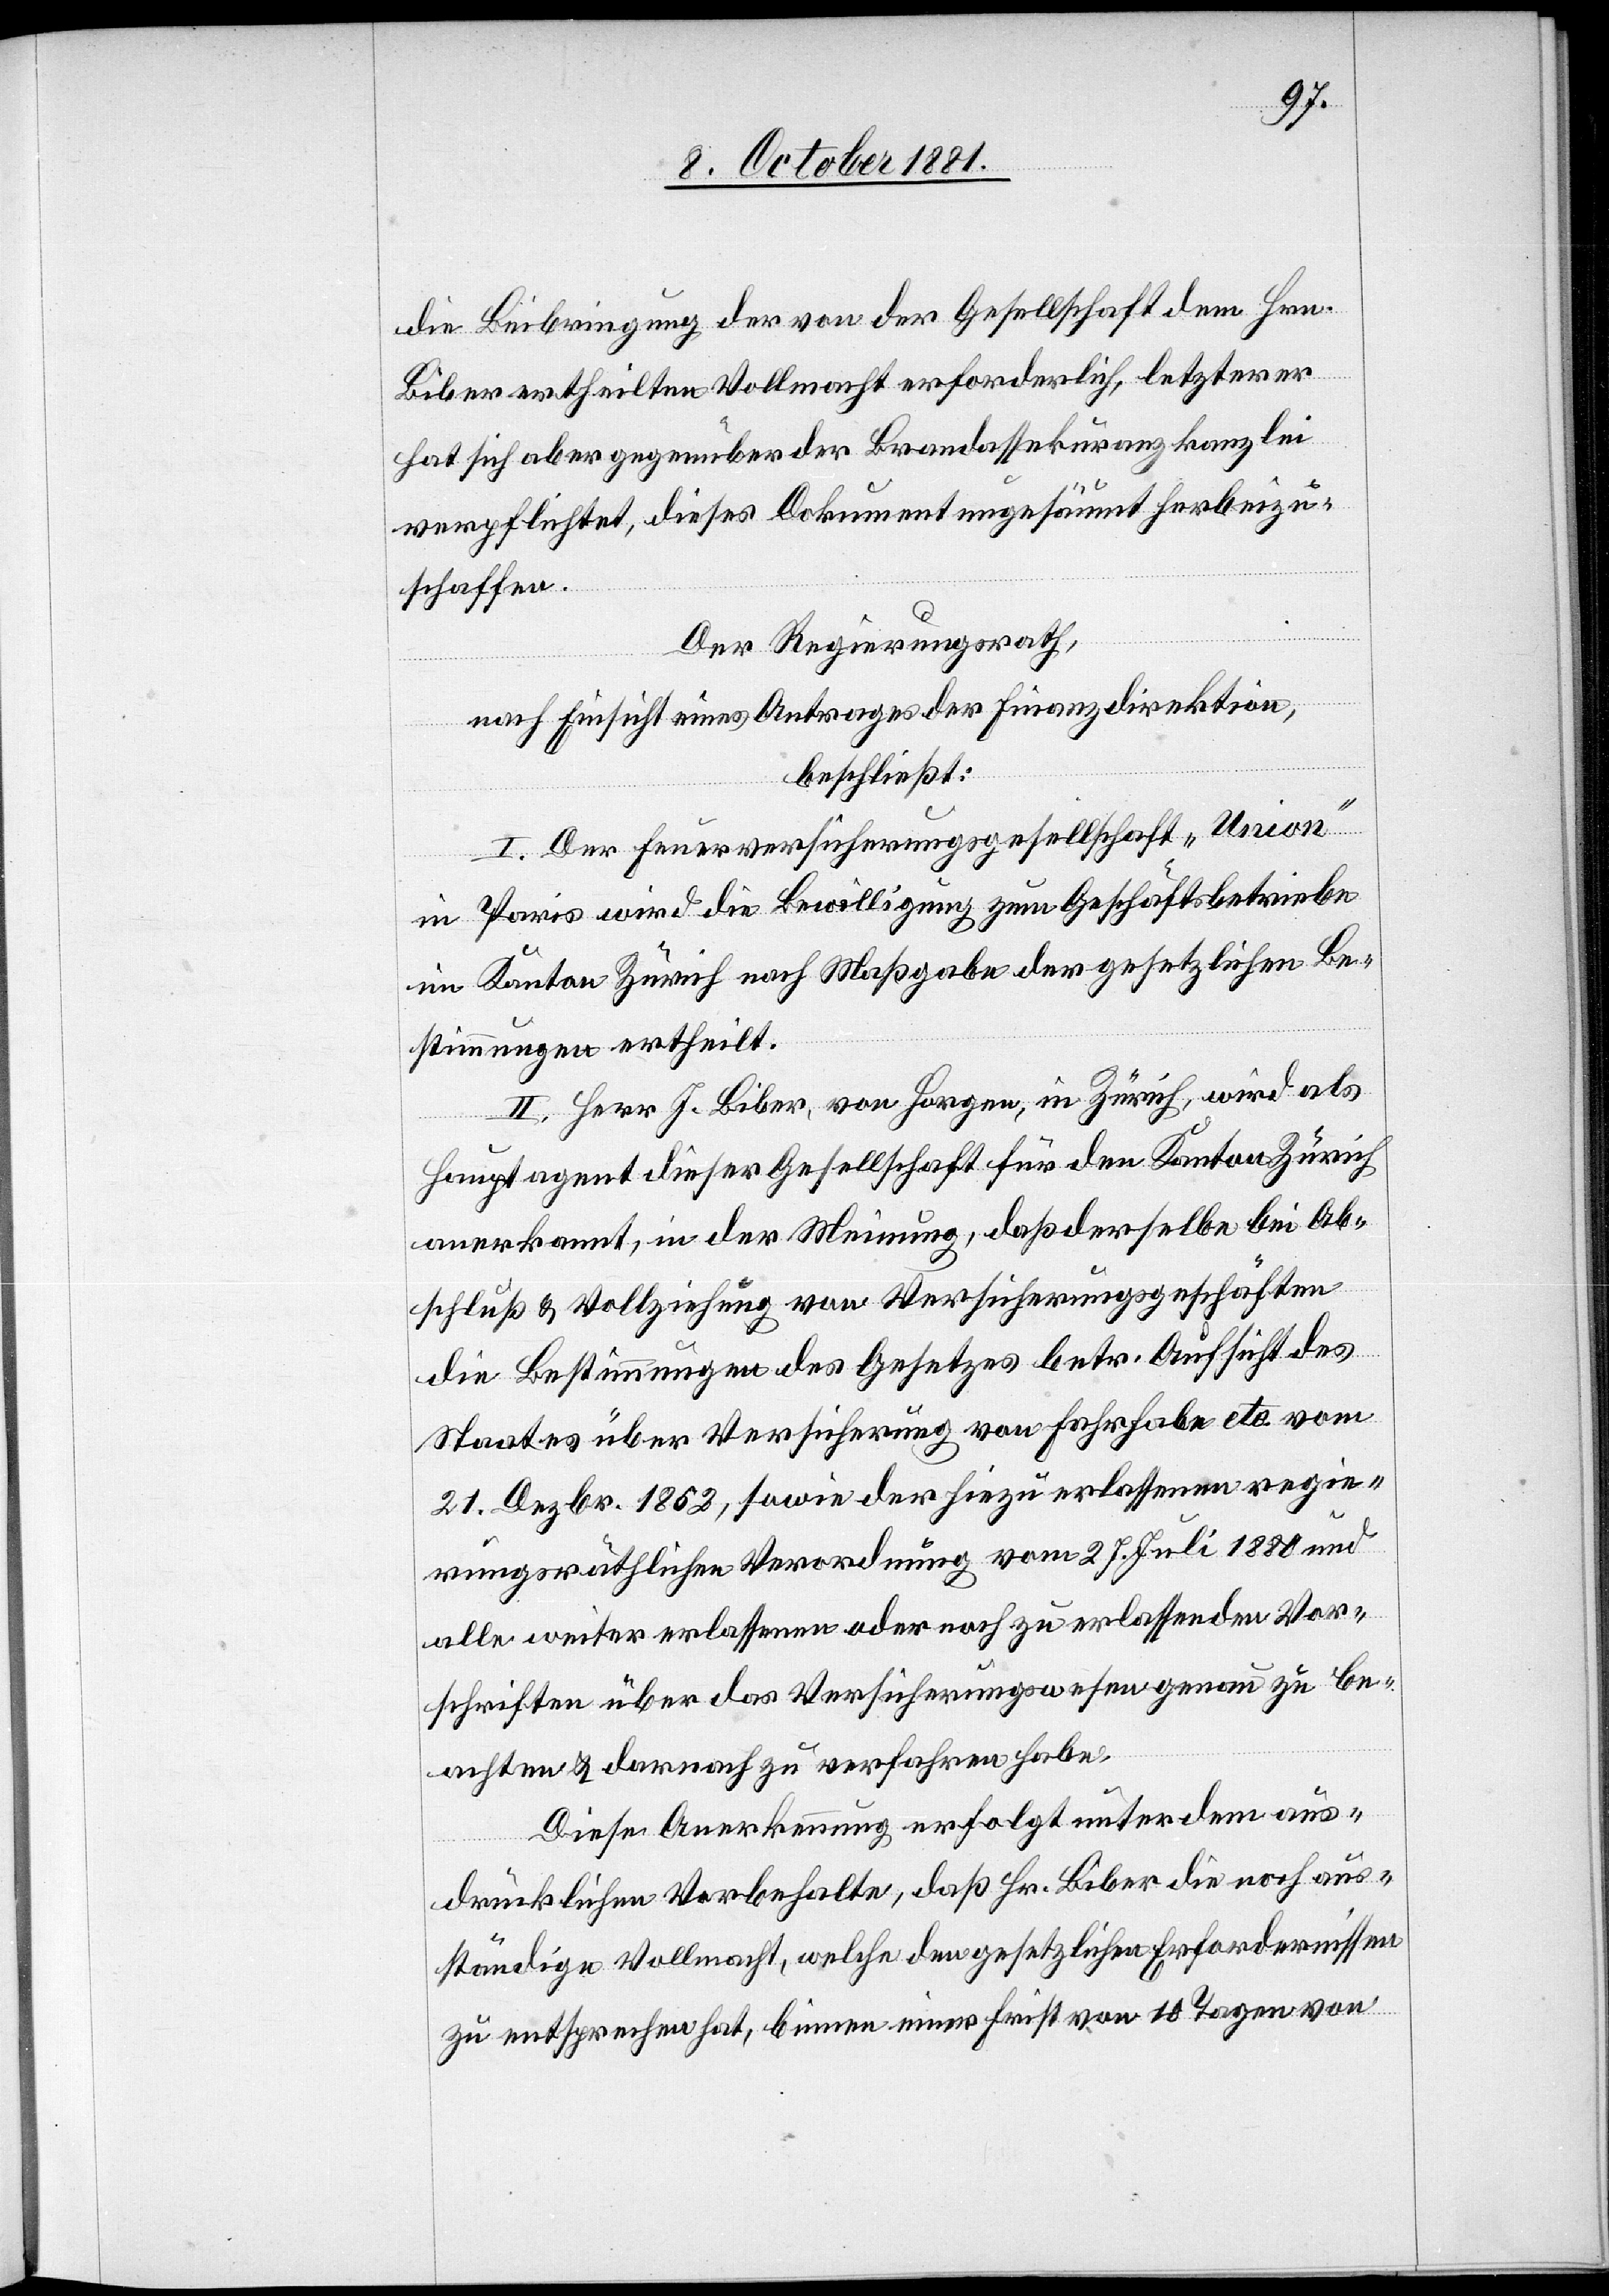
die Beibringung der von der Gesellschaft dem Hrn.
Biber ertheilten Vollmacht erforderlich, letzterer
hat sich aber gegenüber der Brandassekuranzkanzlei
verpflichtet, dieses Dokument ungesäumt herbeizu¬
schaffen.
Der Regierungsrath,
nach Einsicht eines Antrages der Finanzdirektion,
beschließt:
I. Der Feuerversicherungsgesellschaft „Union“
in Paris wird die Bewilligung zum Geschäftsbetriebe
im Kanton Zürich nach Maßgabe der gesetzlichen Be¬
stimmungen ertheilt.
II. Herr J. Biber, von Horgen, in Zürich, wird als
Hauptagent dieser Gesellschaft für den Kanton Zürich
anerkannt, in der Meinung, daß derselbe bei Ab¬
schluß & Vollziehung von Versicherungsgeschäften
die Bestimmungen des Gesetzes betr. Aufsicht des
Staates über Versicherung von Fahrhabe etc. vom
21. Dezbr. 1852, sowie der hiezu erlassenen regie¬
rungsräthlichen Verordnung vom 27. Juli 1880 und
alle weiter erlassenen oder noch zu erlassenden Vor¬
schriften über das Versicherungswesen genau zu be¬
achten & darnach zu verfahren habe.
Diese Anerkennung erfolgt unter dem aus¬
drücklichen Vorbehalte, daß Hr. Biber die noch aus¬
ständige Vollmacht, welche den gesetzlichen Erfordernissen
zu entsprechen hat, binnen einer Frist von 10 Tagen von